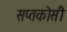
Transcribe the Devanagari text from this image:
सप्तकोसी